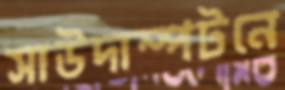
সাউদাম্পটনে